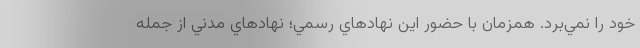
خود را نمي‌برد. همزمان با حضور اين نهادهاي رسمي؛ نهادهاي مدني از جمله